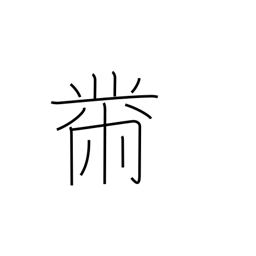
Meaning: sewing radical (no. 204)